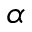
\alpha